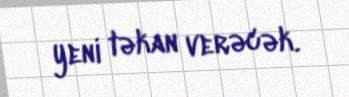
yeni təkan verəcək.